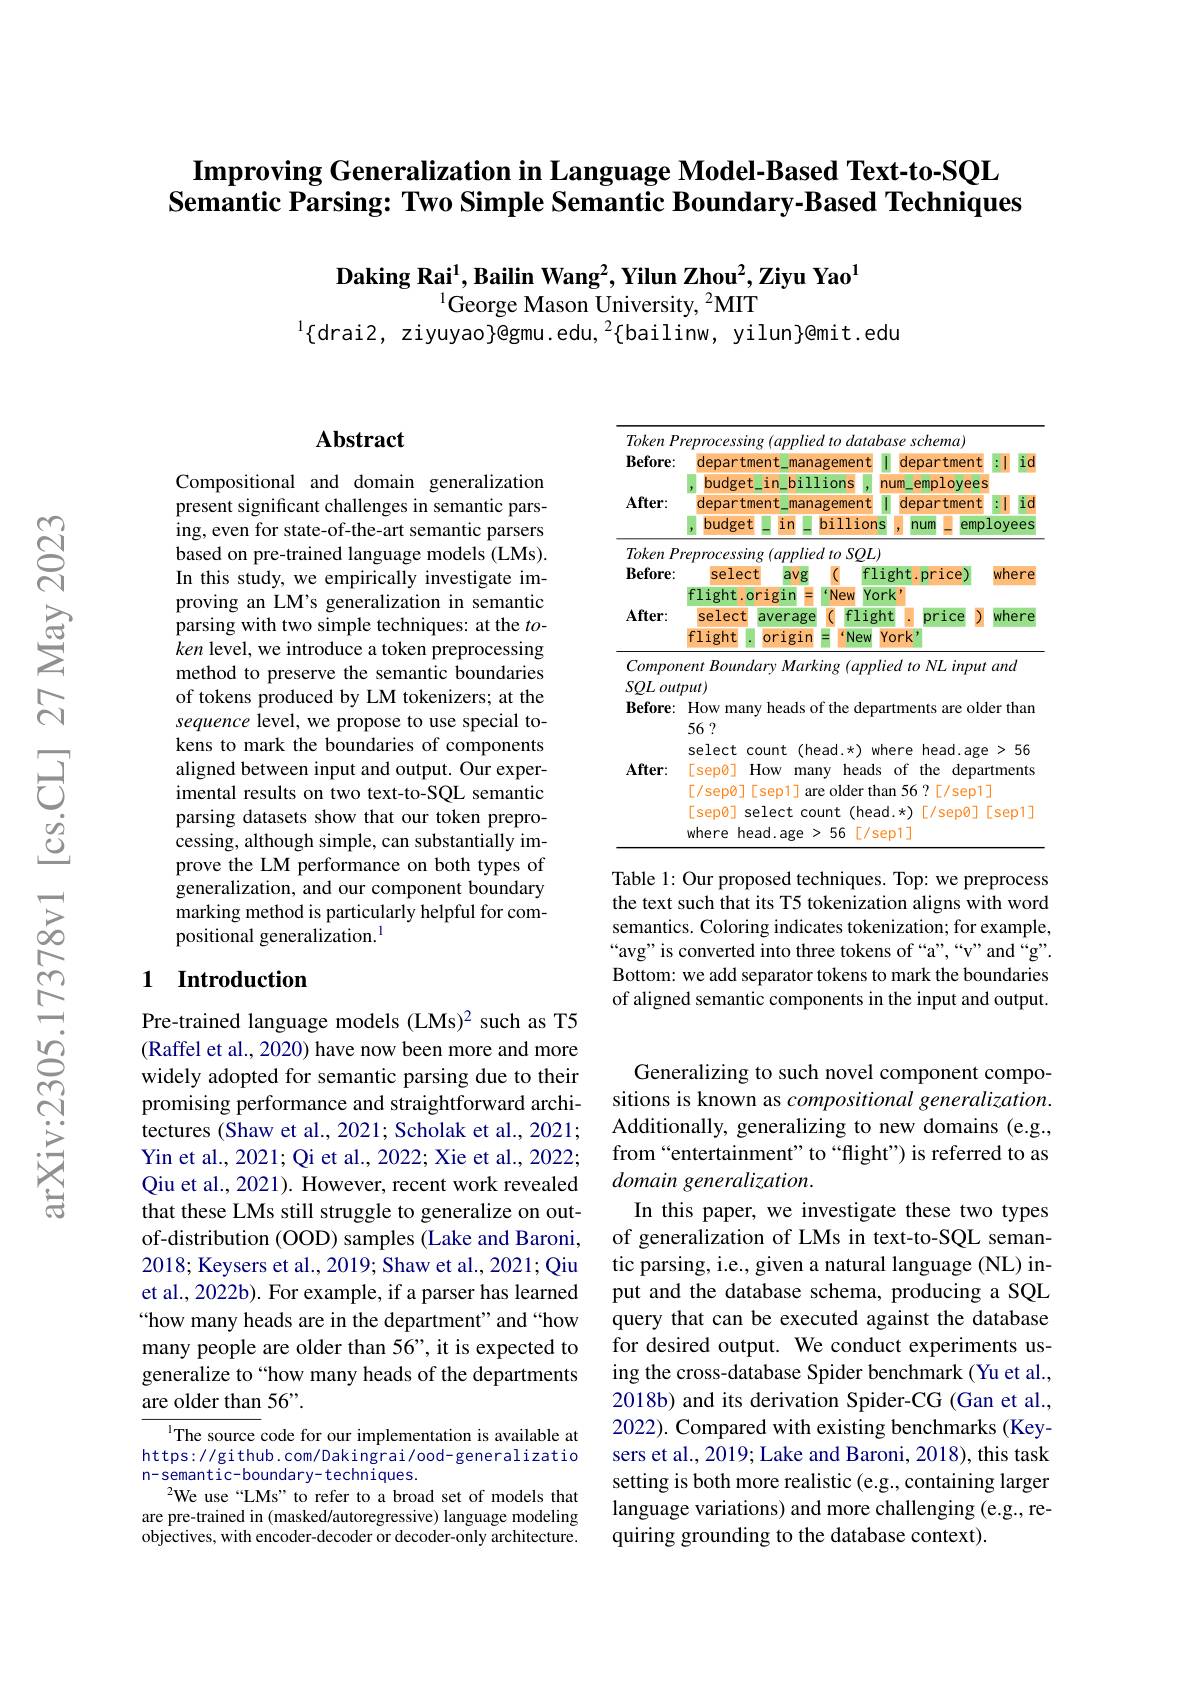
# $\textbf{Improving Generalization in Language Model- Based Text- to- SQL}$ Semantic Parsing: Two Simple Semantic Boundary-Based Techniques

$\textbf{Daking Rai}^1,\textbf{Bailin Wang}^2,\textbf{Yilun Zhou}^2,\textbf{Ziyu Yao}^1$
$^{1}$George Mason University, $^2$MIT
$^{1}\{$drai2, ziyuyao$\}$@gmu.edu,$^2$\{bailinw, yilun$\}$@mit.edu

## Abstract

Compositional and domain generalization present significant challenges in semantic parsing, even for state-of-the-art semantic parsers based on pre-trained language models (LMs). In this study, we empirically investigate improving an LM's generalization in semantic parsing with two simple techniques: at the $to$- $\hat{k}en$ level, we introduce a token preprocessing method to preserve the semantic boundaries of tokens produced by LM tokenizers; at the sequence level, we propose to use special tokens to mark the boundaries of components aligned between input and output. Our experimental results on two text-to-SQL semantic parsing datasets show that our token preprocessing, although simple, can substantially improve the LM performance on both types of generalization, and our component boundary marking method is particularly helpful for compositional generalization.$^{\mathrm{l}}$

## 1 Introduction

Pre-trained language models (LMs)2 such as T5 (Raffel et al., 2020) have now been more and more widely adopted for semantic parsing due to their promising performance and straightforward architectures (Shaw et al., 2021; Scholak et al., 2021; Yin et al., 2021; Qi et al., 2022; Xie et al., 2022; Qiu et al., 2021). However, recent work revealed that these LMs still struggle to generalize on outof-distribution (OOD) samples (Lake and Baroni, 2018; Keysers et al., 2019; Shaw et al., 2021; Qiu et al., 2022b). For example, if a parser has learned “how many heads are in the department" and “how many people are older than 56", it is expected to generalize to “how many heads of the departments are older than 56".

IThe source code for our implementation is available at https://github.com/Dakingrai/ood-generalizatio n-semantic-boundary-techniques.
$^{2}$We use“LMs”to refer to a broad set of models that are pre-trained in (masked/autoregressive) language modeling objectives, with encoder-decoder or decoder-only architecture.

<table>
	<tbody>
		<tr>
			<th rowspan="4">$\mathbf{Before}:$ $After:$</th>
			<th>department mana</th>
			<th>ent management</th>
			<th>de</th>
			<th>lepartm</th>
			<th>ment</th>
			<th>i 1 C</th>
		</tr>
		<tr>
			<th>budget $in$ bill</th>
			<th>billions in</th>
			<th>Im -</th>
			<th>emplo</th>
			<th>yees</th>
			<th> </th>
		</tr>
		<tr>
			<th>department mana</th>
			<th>ent management</th>
			<th>de T</th>
			<th>lepartm</th>
			<th>ment</th>
			<th>$\bar{\mathrm{i}}$ 1 $C$ 1</th>
		</tr>
		<tr>
			<th>budget in</th>
			<th>in billions</th>
			<th>r $y$</th>
			<th>num</th>
			<th>$emp.$</th>
			<th>yees</th>
		</tr>
		<tr>
			<td>Token $P$</td>
			<td>eprocessing $(appliec$</td>
			<td>$(appliedtoSQL)$</td>
			<td> </td>
			<td> </td>
			<td> </td>
			<td> </td>
		</tr>
		<tr>
			<td>$\mathbf{Before}:$</td>
			<td>select avg</td>
			<td>avg ( $f1$</td>
			<td>$ht$</td>
			<td>t price</td>
			<td>:e</td>
			<td>here .</td>
		</tr>
		<tr>
			<td> </td>
			<td>flight.origin</td>
			<td>rig New $YO$ sin</td>
			<td>1 :</td>
			<td> </td>
			<td> </td>
			<td> </td>
		</tr>
		<tr>
			<td rowspan="2">$After:$</td>
			<td>select average</td>
			<td>flig average</td>
			<td>·</td>
			<td>pric</td>
			<td>$D$ ce</td>
			<td>here</td>
		</tr>
		<tr>
			<td>flight origin</td>
			<td>origin New</td>
			<td>$rk$</td>
			<td>1 $k$</td>
			<td> </td>
			<td> </td>
		</tr>
	</tbody>
</table>

<table>
	<tbody>
		<tr>
			<td>Compor</td>
			<td>$nt$ Roumdarv Marking $m/1\rho dto$ $,NT.$ input and</td>
		</tr>
		<tr>
			<td>$SQL$ out</td>
			<td>lut</td>
		</tr>
		<tr>
			<td>$\mathbf{Before}:$</td>
			<td>that</td>
		</tr>
		<tr>
			<td> </td>
			<td>56 ?</td>
		</tr>
		<tr>
			<td> </td>
			<td>count head. where head age > 56</td>
		</tr>
		<tr>
			<td>$After:$</td>
			<td>How heads of the departments sepo manv</td>
		</tr>
		<tr>
			<td> </td>
			<td>SPnM arf ham $56^{r}$ $/sen1$</td>
		</tr>
		<tr>
			<td> </td>
			<td>CANM selec count head $\star$ SPD</td>
		</tr>
		<tr>
			<td> </td>
			<td>56 vhere head $F$ r/sep1</td>
		</tr>
	</tbody>
</table>

Table 1: Our proposed techniques. Top: we preprocess the text such that its T5 tokenization aligns with word semantics. Coloring indicates tokenization; for example, “avg”is converted into three tokens of“a”,“v”and“g”. Bottom: we add separator tokens to mark the boundaries of aligned semantic components in the input and output.

Generalizing to such novel component compositions is known as compositional generalization. Additionally, generalizing to new domains (e.g., from“entertainment”to“flight") is referred to as domain generalization.
In this paper, we investigate these two types of generalization of LMs in text-to-SQL semantic parsing, i.e., given a natural language (NL) input and the database schema, producing a SQL query that can be executed against the database for desired output. We conduct experiments using the cross-database Spider benchmark (Yu et al., 2018b) and its derivation Spider-CG (Gan et al., 2022). Compared with existing benchmarks (Keysers et al., 2019; Lake and Baroni, 2018), this task setting is both more realistic (e.g., containing larger language variations) and more challenging (e.g., requiring grounding to the database context).